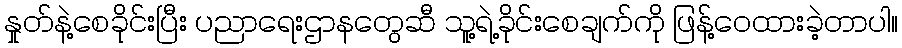
နှုတ်နဲ့စေခိုင်းပြီး ပညာရေးဌာနတွေဆီ သူ့ရဲ့ခိုင်းစေချက်ကို ဖြန့်ဝေထားခဲ့တာပါ။